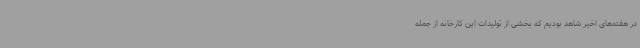
در هفته‌های اخیر شاهد بودیم که بخشی از تولیدات این کارخانه از جمله